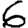
Digit: 6